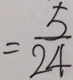
= \frac { 5 } { 2 4 }